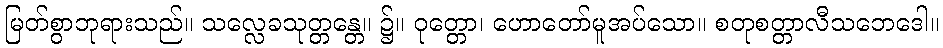
မြတ်စွာဘုရားသည်။ သလ္လေခသုတ္တန္တေ။ ၌။ ဝုတ္တော၊ ဟောတော်မူအပ်သော။ စတုစတ္တာလီသဘေဒေါ။